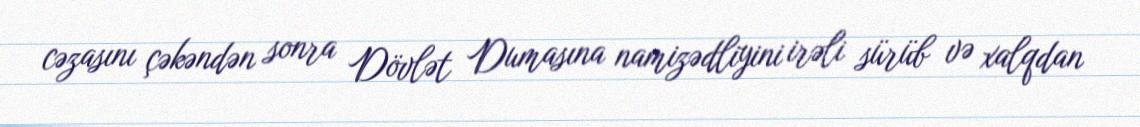
cəzasını çəkəndən sonra Dövlət Dumasına namizədliyini irəli sürüb və xalqdan